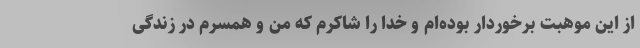
از این موهبت برخوردار بوده‌ام و خدا را شاکرم که من و همسرم در زندگی